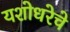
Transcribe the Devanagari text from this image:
यशोधरेचे